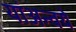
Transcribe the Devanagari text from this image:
यांअन्वये